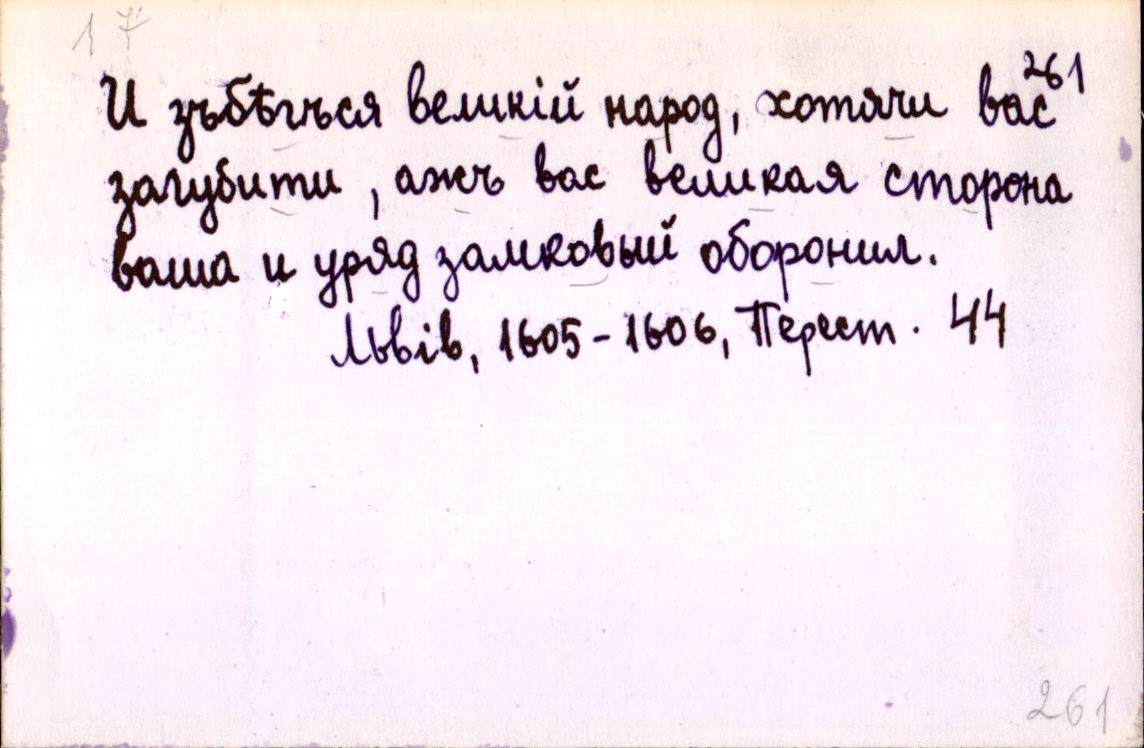
И зъбѣгъся великій народ, хотячи вас
загубити, ажъ вас великая сторона
ваша и уряд замковый оборонил.
Львів, 1605-1606, Перест. 44